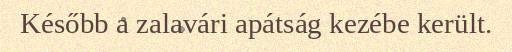
Később a zalavári apátság kezébe került.